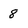
Character: 8